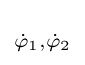
\scriptstyle {\dot {\varphi }}_{1},{\dot {\varphi }}_{2}